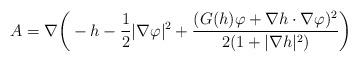
LaTeX: \begin{align*} A = \nabla \bigg(-h - \frac{1}{2}|\nabla \varphi|^2 + \frac{(G(h)\varphi + \nabla h\cdot \nabla \varphi)^2}{2(1 + |\nabla h|^2)} \bigg) \end{align*}